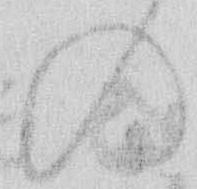
の